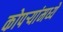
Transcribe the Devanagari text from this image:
कोपऱ्यांमध्ये